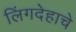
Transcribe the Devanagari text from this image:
लिंगदेहाचे